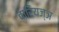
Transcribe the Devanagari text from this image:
वारियज्ञ